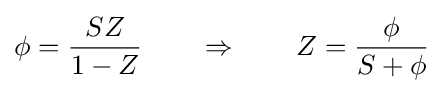
\phi ={\frac {SZ}{1-Z}}\qquad \Rightarrow \qquad Z={\frac {\phi }{S+\phi }}